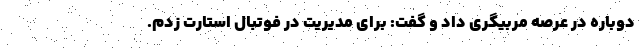
دوباره در عرصه مربیگری داد و گفت: برای مدیریت در فوتبال استارت زدم.